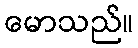
မောသည်။